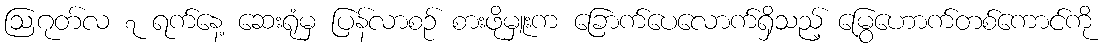
ဩဂုတ်လ ၇ ရက်နေ့ ဆေးရုံမှ ပြန်လာစဉ် စားဖိုမှူးက ခြောက်ပေလောက်ရှိသည့် မြွေဟောက်တစ်ကောင်ကို